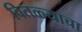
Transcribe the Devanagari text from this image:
वितळ्याचा